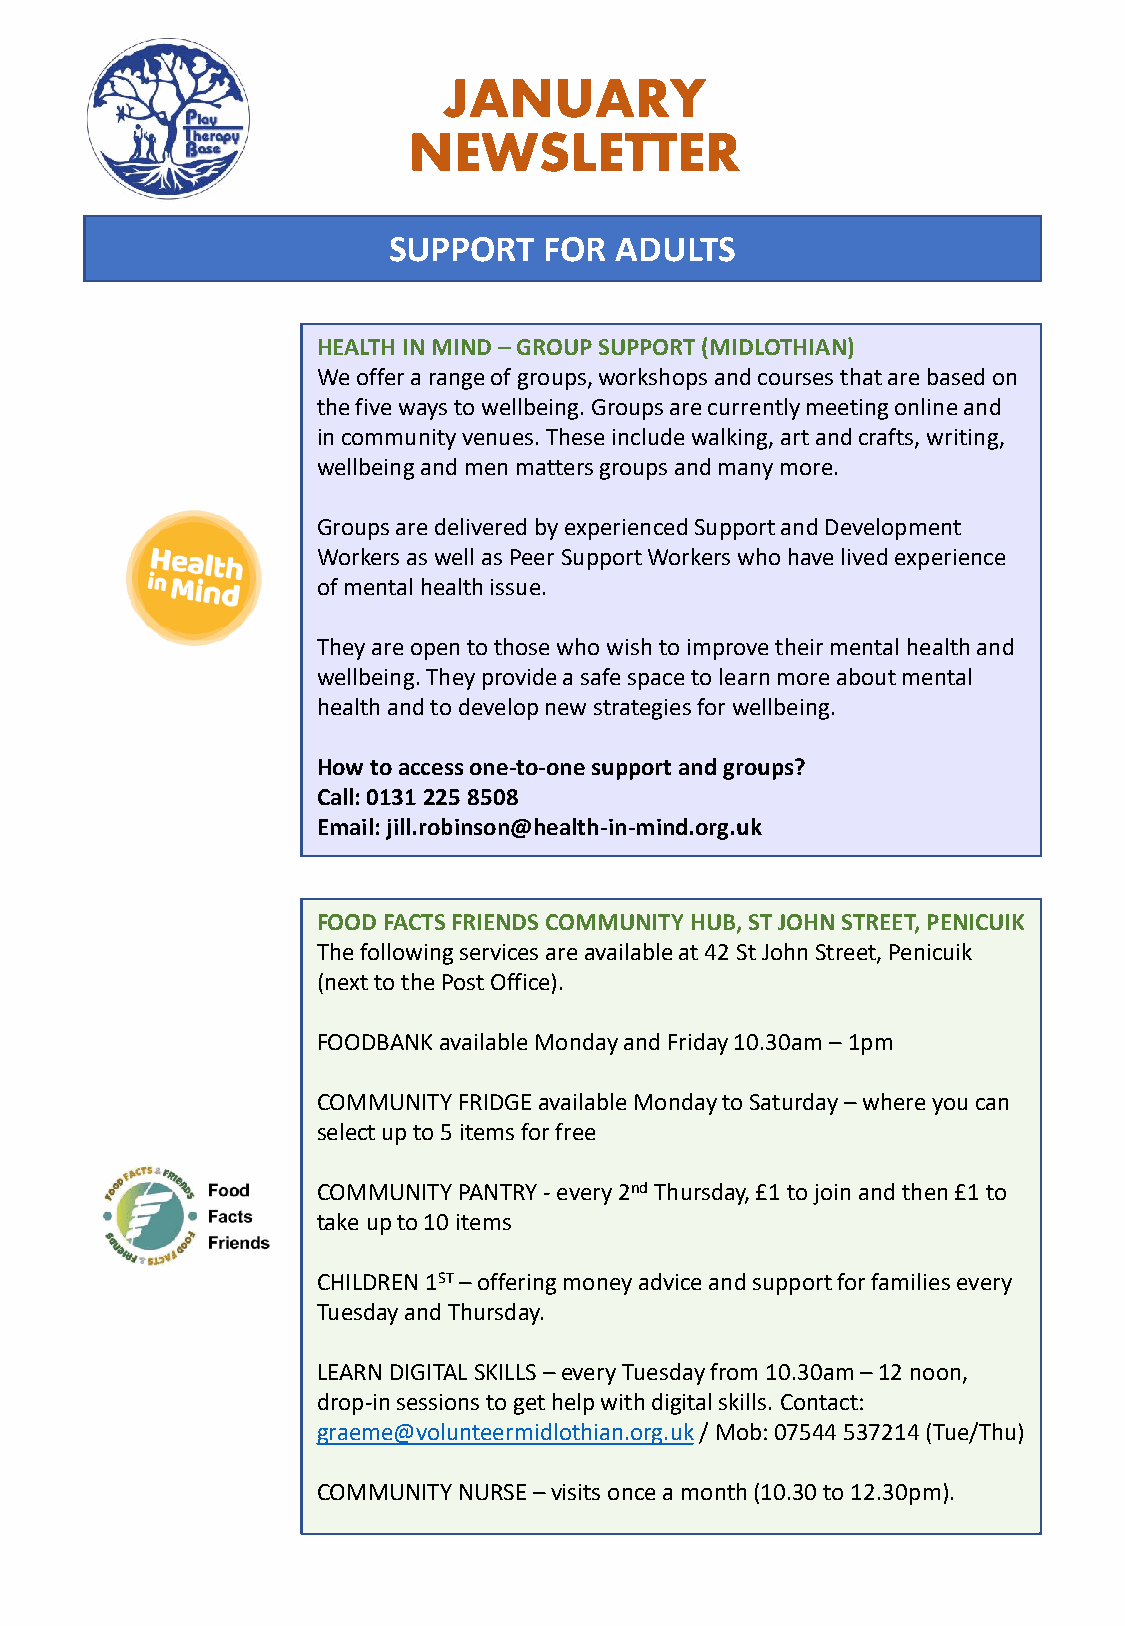
JANUARY
 NEWSLETTER
 SUPPORT   FOR  ADULTS
 HEALTH IN MIND –GROUP SUPPORT (MIDLOTHIAN)
 We offer a range of groups, workshops and courses that are based on
 the five ways to wellbeing. Groups are currently meeting online and
 in community venues. These include walking, art and crafts, writing,
 wellbeing and men matters groups and many more.
 Groups are delivered by experienced Support and Development
 Workers as well as Peer Support Workers who have lived experience
 of mental health issue.
 They are open to those who wish to improve their mental health and
 wellbeing. They provide a safe space to learn more about mental
 health and to develop new strategies for wellbeing.
 How to access one-to-one support and groups?
 Call: 0131 225 8508
 Email: jill.robinson@health-in-mind.org.uk
 FOOD FACTS FRIENDS COMMUNITY HUB, ST JOHN STREET, PENICUIK
 The following services are available at 42 St John Street, Penicuik
 (next to the Post Office).
 FOODBANK available Monday and Friday 10.30am –1pm
 COMMUNITY FRIDGE available Monday to Saturday –where you can
 select up to 5 items for free
 COMMUNITY PANTRY -every 2ndThursday, £1 to join and then £1 to
 take up to 10 items
 CHILDREN 1ST–offering money advice and support for families every
 Tuesday and Thursday.
 LEARN DIGITAL SKILLS –every Tuesday from 10.30am –12 noon,
 drop-in sessions to get help with digital skills. Contact:
 graeme@volunteermidlothian.org.uk/ Mob: 07544 537214 (Tue/Thu)
 COMMUNITY NURSE –visits once a month (10.30 to 12.30pm).